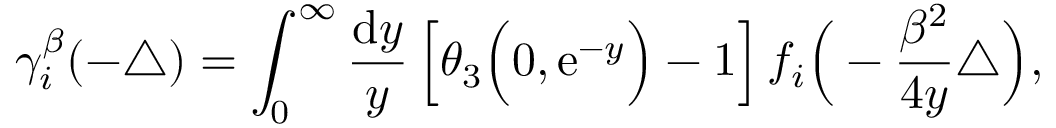
\gamma _ { i } ^ { \beta } ( - \triangle ) = \int _ { 0 } ^ { \infty } { \frac { { \mathrm { d } } y } { y } } \left[ \theta _ { 3 } \Big ( 0 , { \mathrm { e } } ^ { - y } \Big ) - 1 \right] f _ { i } \Big ( - \frac { \beta ^ { 2 } } { 4 y } \triangle \Big ) ,